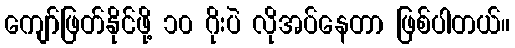
ကျော်ဖြတ်နိုင်ဖို့ ၁၀ ဂိုးပဲ လိုအပ်နေတာ ဖြစ်ပါတယ်။